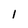
Character: 1